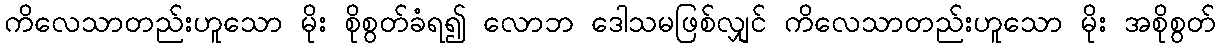
ကိလေသာတည်းဟူသော မိုး စိုစွတ်ခံရ၍ လောဘ ဒေါသမဖြစ်လျှင် ကိလေသာတည်းဟူသော မိုး အစိုစွတ်